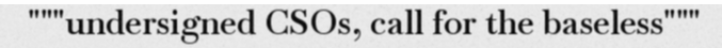
"""undersigned CSOs, call for the baseless"""